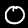
Digit: 0